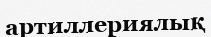
артиллериялық